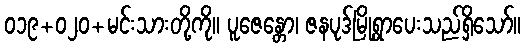
၀၁၉+၀၂၀+မင်းသားတို့ကို။ ပူဇေန္တော၊ ဇနပုဒ်မြို့ရွာပေးသည်ရှိသော်။